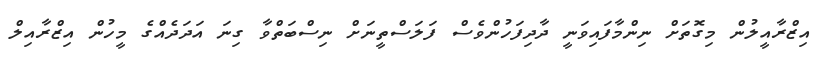
އިޒްރާއީލުން މިގޮތަށް ނިންމާފައިވަނީ ދާދިފަހުންވެސް ފަލަސްތީނަށް ނިސްބަތްވާ ގިނަ އަދަދެއްގެ މީހުން އިޒްރާއިލް